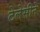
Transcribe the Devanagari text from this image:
टेलेसीने